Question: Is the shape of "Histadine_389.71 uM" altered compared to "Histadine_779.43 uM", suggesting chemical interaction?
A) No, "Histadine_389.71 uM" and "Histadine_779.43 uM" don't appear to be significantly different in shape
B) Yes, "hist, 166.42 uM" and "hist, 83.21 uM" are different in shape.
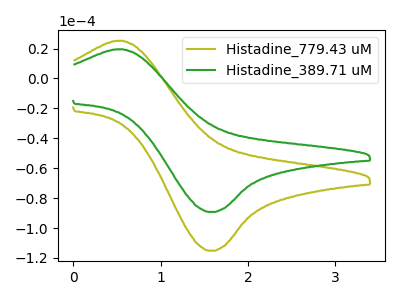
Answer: <think>The olive curve "Histadine_779.43 uM" has an anodic peak at (0.50V, 25.20uA) and a cathodic peak at (1.55V, -115.20uA). The green curve "Histadine_389.71 uM" has an anodic peak at (0.50V, 19.55uA) and a cathodic peak at (1.55V, -89.30uA).
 All the peaks in "Histadine_389.71 uM" have a peak in "Histadine_779.43 uM" at the same potential. Every peak in "Histadine_389.71 uM" is lower than every peak in "Histadine_779.43 uM".</think>
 <answer>A) No, "Histadine_389.71 uM" and "Histadine_779.43 uM" don't appear to be significantly different in shape</answer>
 <eval>A</eval>